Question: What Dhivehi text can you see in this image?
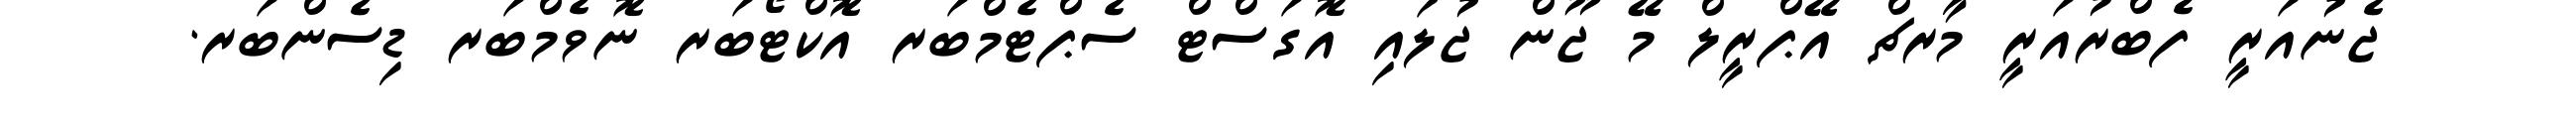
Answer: ޖެނުއަރީ ފެބްރުއަރީ މާރޗް އޭޕްރީލް މޭ ޖޫން ޖުލައި އޮގަސްޓް ސެޕްޓެމްބަރ އޮކްޓޯބަރ ނޮވެމްބަރ ޑިސެންބަރ.